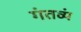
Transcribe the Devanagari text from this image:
गंतव्यं